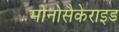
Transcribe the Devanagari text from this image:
मोनोसैकेराइड